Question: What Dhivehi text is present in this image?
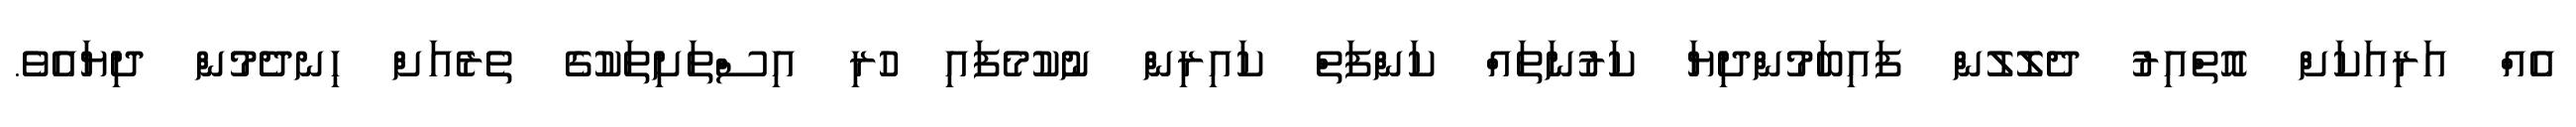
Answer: އެއް އަރިއަކަށް އޮތްއިރު ދެލޮލުން ފައިބަމުންދިޔަ ކަރުނަތައް ކަންފަތް ކައިރިން ނުކުމެފައި ހުރި އިސްތަށިތަކުގެ ތެރެއަށް ހިނދެމުން ދިޔައެވެ.